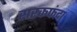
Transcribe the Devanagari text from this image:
सरकफंदा